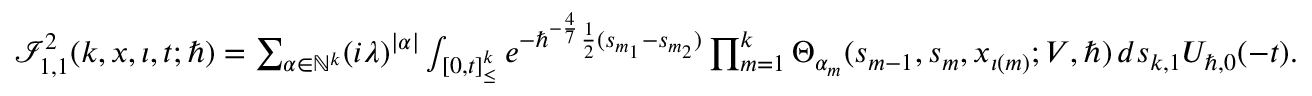
\begin{array} { r } { \mathcal { I } _ { 1 , 1 } ^ { 2 } ( k , \boldsymbol { x } , \iota , t ; \hbar ) = \sum _ { \alpha \in \mathbb { N } ^ { k } } ( i \lambda ) ^ { | \alpha | } \int _ { [ 0 , t ] _ { \leq } ^ { k } } e ^ { - \hbar ^ { - \frac { 4 } { 7 } } \frac { 1 } { 2 } ( s _ { m _ { 1 } } - s _ { m _ { 2 } } ) } \prod _ { m = 1 } ^ { k } \Theta _ { \alpha _ { m } } ( s _ { m - 1 } , { s } _ { m } , x _ { \iota ( m ) } ; V , \hbar ) \, d \boldsymbol { s } _ { k , 1 } U _ { \hbar , 0 } ( - t ) . } \end{array}